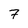
Character: 7